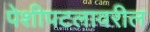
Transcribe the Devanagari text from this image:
पेशीपटलावरील